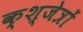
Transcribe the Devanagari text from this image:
क्श्जेत्रों